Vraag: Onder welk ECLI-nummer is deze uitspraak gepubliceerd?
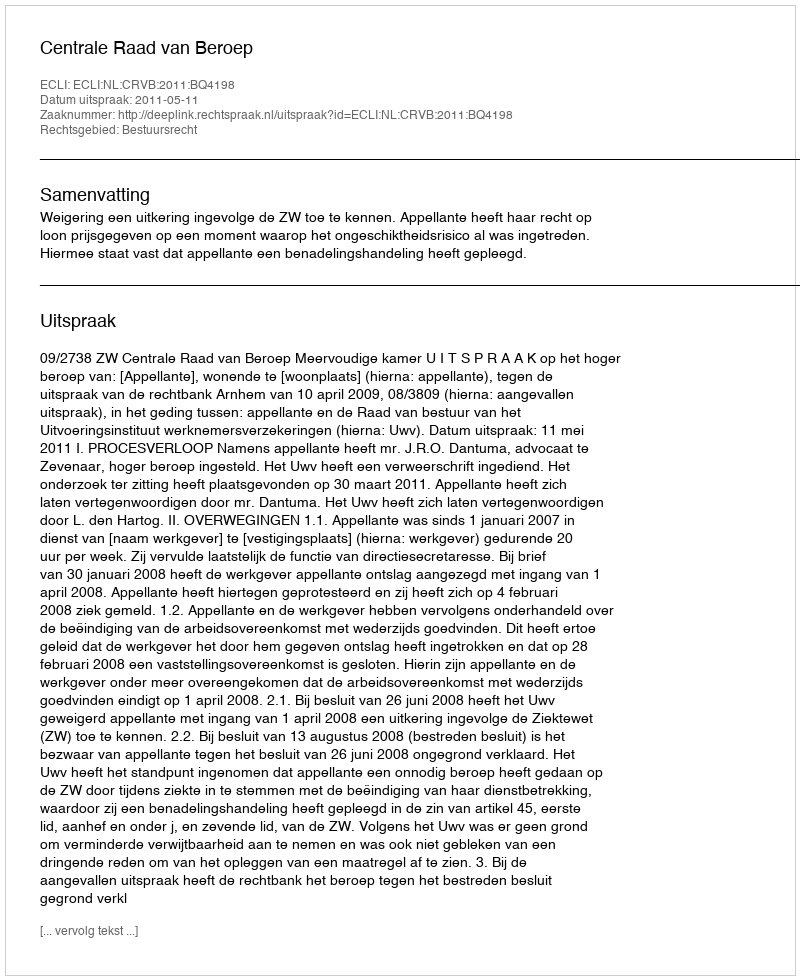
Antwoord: ECLI:NL:CRVB:2011:BQ4198